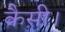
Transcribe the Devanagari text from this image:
कैसी।